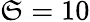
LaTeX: \mathfrak{S}=10